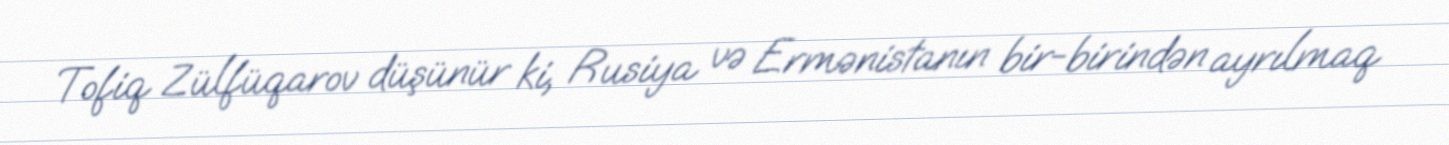
Tofiq Zülfüqarov düşünür ki, Rusiya və Ermənistanın bir-birindən ayrılmaq